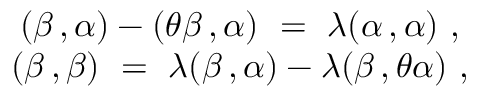
\begin{array} { c } { { ( \beta \, , \alpha ) - ( \theta \beta \, , \alpha ) ~ = ~ \lambda ( \alpha \, , \alpha ) ~ , } } \\ { { ( \beta \, , \beta ) ~ = ~ \lambda ( \beta \, , \alpha ) - \lambda ( \beta \, , \theta \alpha ) ~ , } } \end{array}